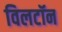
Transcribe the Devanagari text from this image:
विलटॉन